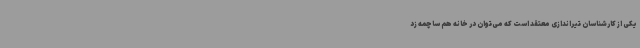
یکی از کارشناسان تیراندازی معتقد است که می‌توان در خانه هم ساچمه زد